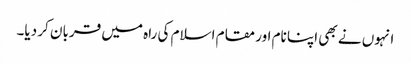
انہوں نے بھی اپنا نام اور مقام اسلام کی راہ میں قربان کر دیا۔